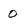
Character: o